Civil Veterinary Department Bihar reports 1936-40 - 1936-1940
Year: 1936
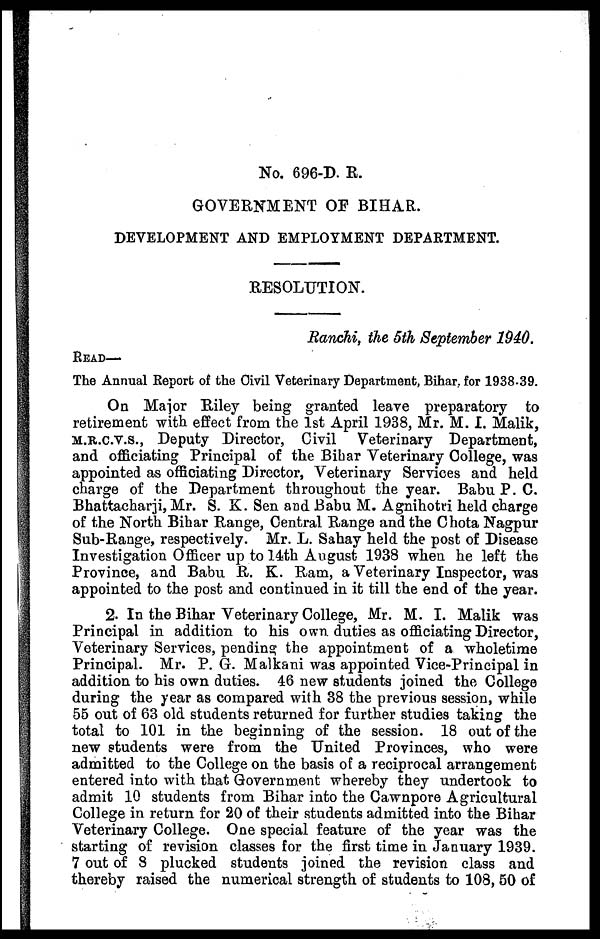
No. 696-D. R.
GOVERNMENT OF BIHAR.
DEVELOPMENT AND EMPLOYMENT DEPARTMENT.
RESOLUTION.
Ranchi, the 5th September 1940.
READ—
The Annual Report of the Civil Veterinary Department, Bihar, for 1938-39.
On Major Riley being granted leave preparatory to
retirement with effect from the 1st April 1938, Mr. M. I. Malik,
M.R.c.v.s., Deputy Director, Civil Veterinary Department,
and officiating Principal of the Bihar Veterinary College, was
appointed as officiating Director, Veterinary Services and held
charge of the Department throughout the year. Babu P. C.
Bhattaeharji, Mr. S. K. Sen and Babu M. Agnihotri held charge
of the North Bihar Range, Central Range and the Chota Nagpur
Sub-Range, respectively. Mr. L. Sahay held the post of Disease
Investigation Officer up to 14th August 1938 when he left the
Province, and Babu R. K. Ram, a Veterinary Inspector, was
appointed to the post and continued in it till the end of the year.
2. In the Bihar Veterinary College, Mr. M. I. Malik was
Principal in addition to his own duties as officiating Director,
Veterinary Services, pending the appointment of a wholetime
Principal. Mr. P. G. Malkani was appointed Vice-Principal in
addition to his own duties. 46 new students joined the College
during the year as compared with 38 the previous session, while
55 out of 63 old students returned for further studies taking the
total to 101 in the beginning of the session. 18 out of the
new students were from the United Provinces, who were
admitted to the College on the basis of a reciprocal arrangement
entered into with that Government whereby they undertook to
admit 10 students from Bihar into the Cawnpore Agricultural
College in return for 20 of their students admitted into the Bihar
Veterinary College. One special feature of the year was the
starting of revision classes for the first time in January 1939.
7 out of 8 plucked students joined the revision class and
thereby raised the numerical strength of students to 108, 50 of